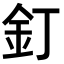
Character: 釘